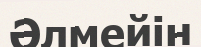
Әлмейін